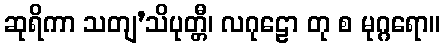
ဆုရိကာ သတျ’သိပုတ္တီ၊ လဂုဠော တု စ မုဂ္ဂရော။